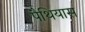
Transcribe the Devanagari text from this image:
पैथियास